Annual report of the Punjab Veterinary College and of the Civil Veterinary Department, Punjab - 1894-1908
Year: 1894
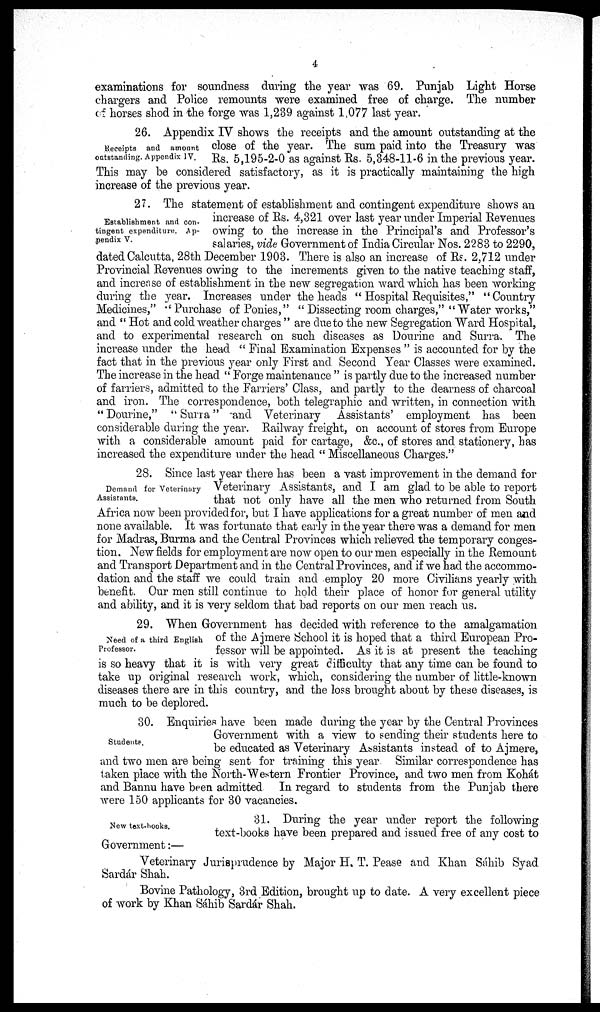
4
examinations for soundness during the year was 69. Punjab Light Horse
chargers and Police remounts were examined free of charge. The number
of horses shod in the forge was 1,239 against 1,077 last year.
Receipts and amount
outstanding. Appendix IV.
26. Appendix IV shows the receipts and the amount outstanding at the
close of the year. The sum paid into the Treasury was
Rs. 5,195-2-0 as against Rs. 5,348-11-6 in the previous year.
This may be considered satisfactory, as it is practically maintaining the high
increase of the previous year.
Establishment and con-
tingent expenditure. Ap-
pendix V.
27. The statement of establishment and contingent expenditure shows an
increase of Rs. 4,321 over last year under Imperial Revenues
owing to the increase in the Principal's and Professor's
salaries, vide Government of India Circular Nos. 2283 to 2290,
dated Calcutta, 28th December 1903. There is also an increase of Rs. 2,712 under
Provincial Revenues owing to the increments given to the native teaching staff,
and increase of establishment in the new segregation ward which has been working
during the year. Increases under the heads " Hospital Requisites," "Country
Medicines," " Purchase of Ponies," " Dissecting room charges," "Water works,"
and " Hot and cold weather charges " are due to the new Segregation Ward Hospital,
and to experimental research on such diseases as Dourine and Surra. The
increase under the head " Final Examination Expenses " is accounted for by the
fact that in the previous year only First and Second Year Classes were examined.
The increase in the head " Forge maintenance " is partly due to the increased number
of farriers, admitted to the Farriers' Class, and partly to the dearness of charcoal
and iron. The correspondence, both telegraphic and written, in connection with
" Dourine," "Surra" and Veterinary Assistants' employment has been
considerable during the year. Railway freight, on account of stores from Europe
with a considerable amount paid for cartage, &c., of stores and stationery, has
increased the expenditure under the head " Miscellaneous Charges."
Demand for Veterinary
Assistants.
28. Since last year there has been a vast improvement in the demand for
Veterinary Assistants, and I am glad to be able to report
that not only have all the men who returned from South
Africa now been provided for, but I have applications for a great number of men and
none available. It was fortunate that early in the year there was a demand for men
for Madras, Burma and the Central Provinces which relieved the temporary conges-
tion. New fields for employment are now open to our men especially in the Remount
and Transport Department and in the Central Provinces, and if we had the accommo-
dation and the staff we could train and employ 20 more Civilians yearly with
benefit. Our men still continue to hold their place of honor for general utility
and ability, and it is very seldom that bad reports on our men reach us.
Need of a third English
Professor.
29. When Government has decided with reference to the amalgamation
of the Ajmere School it is hoped that a third European Pro-
fessor will be appointed. As it is at present the teaching
is so heavy that it is with very great difficulty that any time can be found to
take up original research work, which, considering the number of little-known
diseases there are in this country, and the loss brought about by these diseases, is
much to be deplored.
Students.
30. Enquiries have been made during the year by the Central Provinces
Government with a view to sending their students here to
be educated as Veterinary Assistants instead of to Ajmere,
and two men are being sent for training this year Similar correspondence has
taken place with the North-Western Frontier Province, and two men from Kohát
and Bannu have been admitted In regard to students from the Punjab there
were 150 applicants for 30 vacancies.
New text-books.
31. During the year under report the following
text-books have been prepared and issued free of any cost to
Government:—
Veterinary Jurisprudence by Major H. T. Pease and Khan Sahib Syad
Sardár Shah.
Bovine Pathology, 3rd Edition, brought up to date. A very excellent piece
of work by Khan Sáhib Sardár Shah.